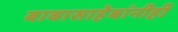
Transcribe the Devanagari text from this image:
बाबासाहेबांनीही